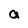
Character: a